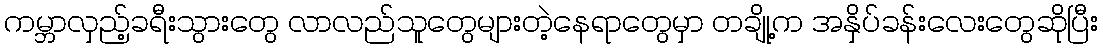
ကမ္ဘာလှည့်ခရီးသွားတွေ လာလည်သူတွေများတဲ့နေရာတွေမှာ တချို့က အနှိပ်ခန်းလေးတွေဆိုပြီး